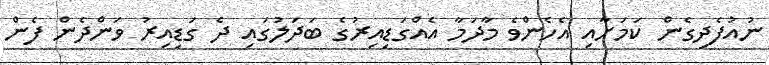
ނުއުފެދިގެން ކަމަށާއި އެހެންވެ މާދަމާ އެއްގަޑިއިރުގެ ބަދަލުގައި ދެ ގަޑިއިރު ވަންދެން ފެން